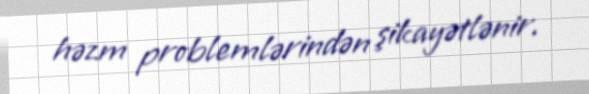
həzm problemlərindən şikayətlənir.